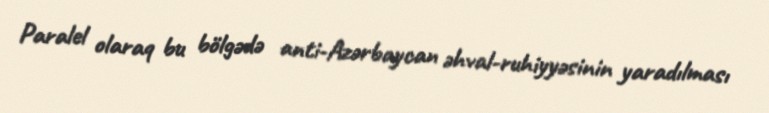
Paralel olaraq bu bölgədə anti-Azərbaycan əhval-ruhiyyəsinin yaradılması